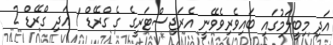
އަދި މިބީލަމުގައި ބައިވެރިވެވޭނީ އެރަޖިސްޓަރީގެ ގެ ގްރޭޑް 1 އަދި ގްރޭޑް 2